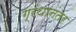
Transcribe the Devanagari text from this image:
ग्रंथानंतर